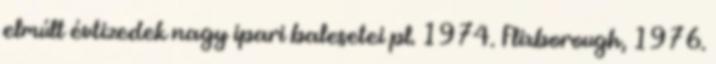
elmúlt évtizedek nagy ipari balesetei pl. 1974. Flixborough, 1976.